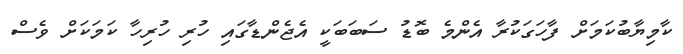
ކާމިޔާބުކަމަށް ފާހަގަކުރާ އެންމެ ބޮޑު ސަބަބަކީ އެެޖެންޑާގައި ހުރި ހުރިހާ ކަމަކަށް ވެސް